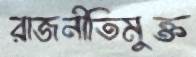
রাজনীতিমুক্ত